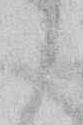
し